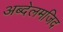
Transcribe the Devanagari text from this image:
अब्देलमजिद